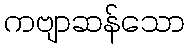
ကဗျာဆန်သော